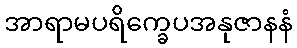
အာရာမပရိက္ခေပအနုဇာနနံ